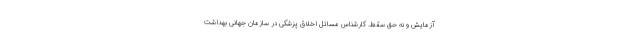
آزمایش و نه حق سقط. کارشناس مسائل اخلاق پزشکی در سازمان جهانی بهداشت